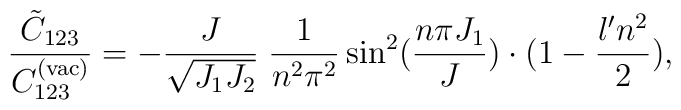
\frac{ \tilde{C}_{123} }{ C^{(\rm vac)}_{123} }  = - \frac{J}{\sqrt{J_1 J_2}} \; \frac{1}{n^2 \pi^2} \sin^2(\frac{n \pi J_1}{J}) \cdot (1- \frac{\l' n^2}{2} ),